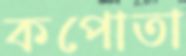
কপোতা